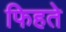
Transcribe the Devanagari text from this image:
फिहते